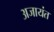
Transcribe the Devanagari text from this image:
अजायंत